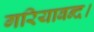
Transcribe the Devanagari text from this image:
गरियाबन्द।